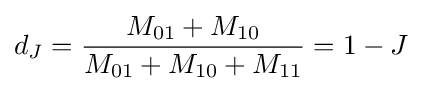
d_{J}={M_{01}+M_{10} \over M_{01}+M_{10}+M_{11}}=1-J